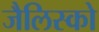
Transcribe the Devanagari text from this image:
जैलिस्को